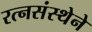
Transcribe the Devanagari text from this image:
रत्नसंस्थेने